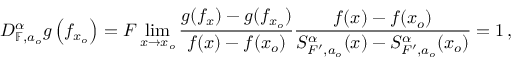
D _ { \mathbb { F } , a _ { o } } ^ { \alpha } g \left( f _ { x _ { o } } \right) = F \operatorname* { l i m } _ { x \rightarrow x _ { o } } \frac { g ( f _ { x } ) - g ( f _ { x _ { o } } ) } { f ( x ) - f ( x _ { o } ) } \frac { f ( x ) - f ( x _ { o } ) } { S _ { F ^ { \prime } , a _ { o } } ^ { \alpha } ( x ) - S _ { F ^ { \prime } , a _ { o } } ^ { \alpha } ( x _ { o } ) } = 1 \, ,